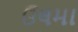
ઉલમા